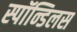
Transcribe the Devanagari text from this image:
स्पॉन्डिलस